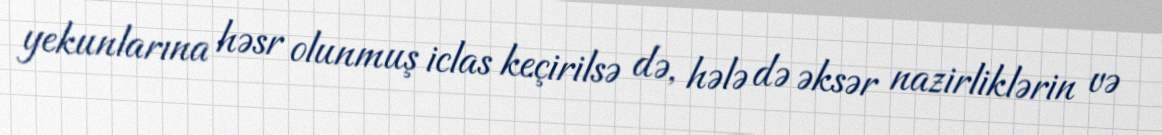
yekunlarına həsr olunmuş iclas keçirilsə də, hələ də əksər nazirliklərin və